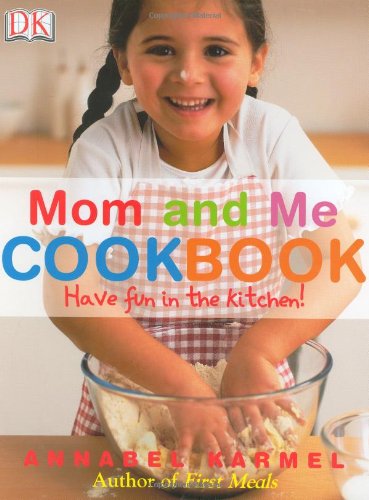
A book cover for Mom and Me Cookbook; Annabel Karmel; Children's Books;